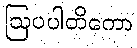
ဩပပါတိကော